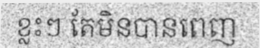
ខ្លះៗ តែមិនបានពេញ